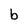
Character: b